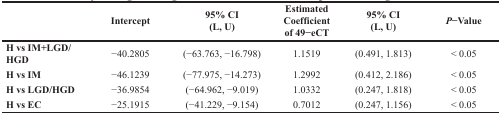
<table><thead><tr><td></td><td><b>Intercept</b></td><td><b>95% CI (L, U)</b></td><td><b>Estimated Coefficient of 49−eCT</b></td><td><b>95% CI (L, U)</b></td><td><b><i>P</i>−Value</b></td></tr></thead><tbody><tr><td><b>H vs IM+LGD/HGD</b></td><td>−40.2805</td><td>(−63.763, −16.798)</td><td>1.1519</td><td>(0.491, 1.813)</td><td>&lt; 0.05</td></tr><tr><td><b>H vs IM</b></td><td>−46.1239</td><td>(−77.975, −14.273)</td><td>1.2992</td><td>(0.412, 2.186)</td><td>&lt; 0.05</td></tr><tr><td><b>H vs LGD/HGD</b></td><td>−36.9854</td><td>(−64.962, −9.019)</td><td>1.0332</td><td>(0.247, 1.818)</td><td>&lt; 0.05</td></tr><tr><td><b>H vs EC</b></td><td>−25.1915</td><td>(−41.229, −9.154)</td><td>0.7012</td><td>(0.247, 1.156)</td><td>&lt; 0.05</td></tr></tbody></table>